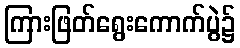
ကြားဖြတ်ရွေးကောက်ပွဲ၌